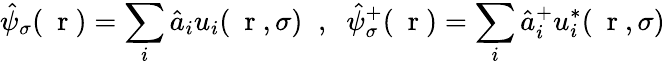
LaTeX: \hat{\psi}_{\sigma}(\mathrm{~\mathbf~r~})=\sum_{i}\hat{a}_{i}u_{i}(\mathrm{~\mathbf~r~},\sigma)\; \; ,\; \; \hat{\psi}_{\sigma}^{+}(\mathrm{~\mathbf~r~})=\sum_{i}\hat{a}_{i}^{+}u_{i}^{*}(\mathrm{~\mathbf~r~},\sigma)